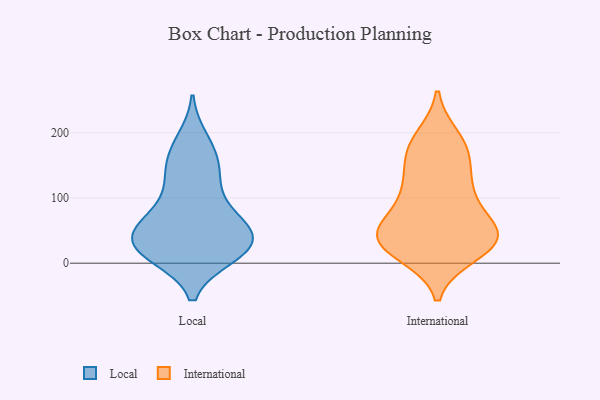
{"axis": {"x": "Net Income (USD K)", "y": "Value"}, "legend": ["International", "Local"], "data": [{"x": "", "y": 149, "type": "Local"}, {"x": "", "y": 75, "type": "Local"}, {"x": "", "y": 11, "type": "Local"}, {"x": "", "y": 83, "type": "Local"}, {"x": "", "y": 42, "type": "Local"}, {"x": "", "y": 189, "type": "Local"}, {"x": "", "y": 11, "type": "Local"}, {"x": "", "y": 153, "type": "Local"}, {"x": "", "y": 57, "type": "Local"}, {"x": "", "y": 25, "type": "Local"}, {"x": "", "y": 36, "type": "Local"}, {"x": "", "y": 12, "type": "Local"}, {"x": "", "y": 43, "type": "Local"}, {"x": "", "y": 126, "type": "Local"}, {"x": "", "y": 33, "type": "Local"}, {"x": "", "y": 122, "type": "Local"}, {"x": "", "y": 178, "type": "Local"}, {"x": "", "y": 43, "type": "Local"}, {"x": "", "y": 18, "type": "Local"}, {"x": "", "y": 67, "type": "Local"}, {"x": "", "y": 25, "type": "International"}, {"x": "", "y": 182, "type": "International"}, {"x": "", "y": 50, "type": "International"}, {"x": "", "y": 134, "type": "International"}, {"x": "", "y": 52, "type": "International"}, {"x": "", "y": 50, "type": "International"}, {"x": "", "y": 167, "type": "International"}, {"x": "", "y": 27, "type": "International"}, {"x": "", "y": 32, "type": "International"}, {"x": "", "y": 191, "type": "International"}, {"x": "", "y": 171, "type": "International"}, {"x": "", "y": 30, "type": "International"}, {"x": "", "y": 15, "type": "International"}, {"x": "", "y": 51, "type": "International"}, {"x": "", "y": 111, "type": "International"}, {"x": "", "y": 103, "type": "International"}, {"x": "", "y": 108, "type": "International"}, {"x": "", "y": 47, "type": "International"}]}